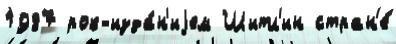
1987 рок-изда́н'иjем Шитл'ин стран'е́